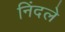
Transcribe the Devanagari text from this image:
निंदले